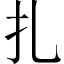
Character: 扎